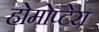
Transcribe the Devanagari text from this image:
होमोप्टेरा